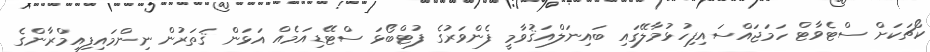
ކޯޗަކަށް ސްޓެވާޓް ހަމަޖައްސައިފިހުޅުމާލޭގައި ބައިނަލްއަޤުވާމީ ފެންވަރުގެ ފުޓްބޯޅަ ސްޓޭޑިއަމެއް އަޅަން ޤަތަރުން ނިންމައިފިއިމްރާންގެ